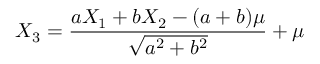
X _ { 3 } = { \frac { a X _ { 1 } + b X _ { 2 } - ( a + b ) \mu } { \sqrt { a ^ { 2 } + b ^ { 2 } } } } + \mu